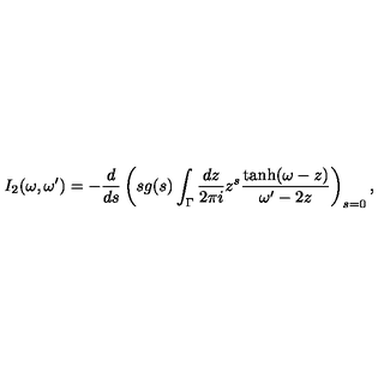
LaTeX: I _ { 2 } ( \omega , \omega ^ { \prime } ) = - \frac { d } { d s } \left( s g ( s ) \int _ { \Gamma } \frac { d z } { 2 \pi i } z ^ { s } \frac { \tanh ( \omega - z ) } { \omega ^ { \prime } - 2 z } \right) _ { s = 0 } ,